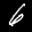
Label: 6